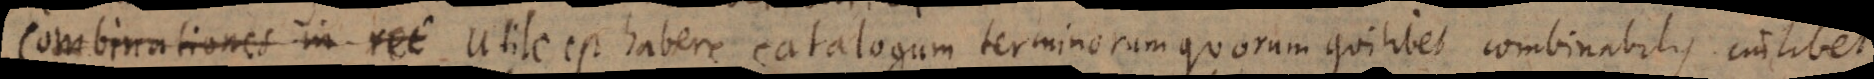
i. Utile est habere catalogum terminorum quorum quilibet combinabilis cuilibet.